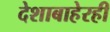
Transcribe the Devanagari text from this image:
देशाबाहेरही